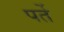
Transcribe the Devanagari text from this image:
पर्ते